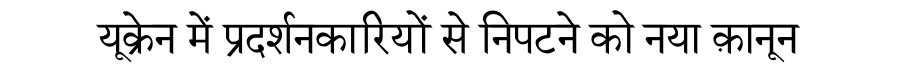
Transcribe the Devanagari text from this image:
यूक्रेन में प्रदर्शनकारियों से निपटने को नया क़ानून